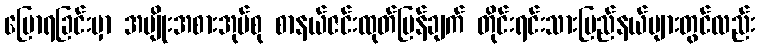
ပြောရခြင်းမှာ အမျိုးအစားအုပ်စု စာနယ်ဇင်းထုတ်ပြန်ချက် တိုင်းရင်းသားပြည်နယ်များတွင်လည်း